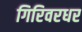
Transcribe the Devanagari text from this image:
गिरिवरधर